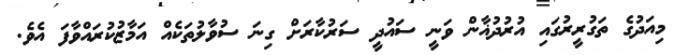
މިއަދުގެ ތަގުރީރުގައި އުރުދުޣާން ވަނީ ސައުދީ ސަރުކާރަށް ގިނަ ސުވާލުތަކެއް އަމާޒުކުރައްވާފަ އެވެ.